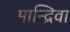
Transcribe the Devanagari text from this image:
मान्द्रिवा